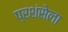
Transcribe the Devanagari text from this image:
प्रशंसेला